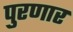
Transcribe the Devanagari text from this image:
पुरणार